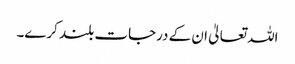
اللہ تعالیٰ ان کے درجات بلند کرے۔